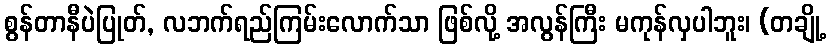
စွန်တာနီပဲပြုတ်, လဘက်ရည်ကြမ်းလောက်သာ ဖြစ်လို့ အလွန်ကြီး မကုန်လှပါဘူး၊ (တချို့